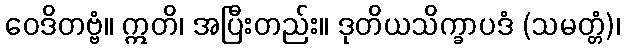
ဝေဒိတဗ္ဗံ။ ဣတိ၊ အပြီးတည်း။ ဒုတိယသိက္ခာပဒံ (သမတ္တံ)၊